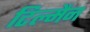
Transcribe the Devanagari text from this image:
टिल्मैन